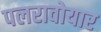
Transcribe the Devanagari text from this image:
पलरावोयार